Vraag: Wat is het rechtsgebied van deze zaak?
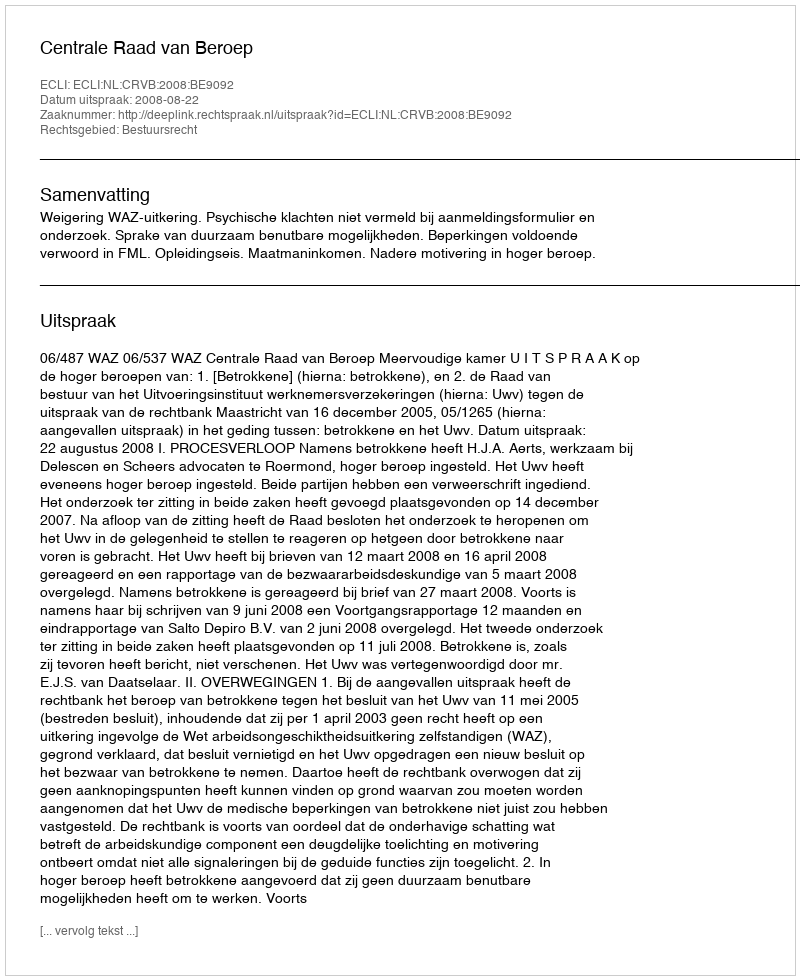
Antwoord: Bestuursrecht